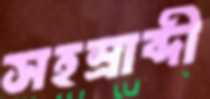
সহস্রাব্দী